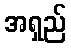
အရှည်